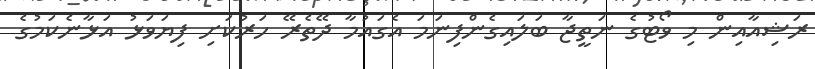
ރަޝިއާއިން މި ވޯޓުގެ ނަތީޖާ ބަލައިގެންފިނަމަ އެގައުމާ ދޭތެރޭ ހަރުކަށި ފިޔަވަޅު އަޅާނެކަމުގެ